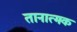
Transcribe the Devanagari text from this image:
तानात्मक